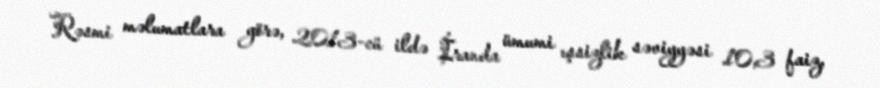
Rəsmi məlumatlara görə, 2013-cü ildə İranda ümumi ışsizlik səviyyəsi 10,3 faiz,